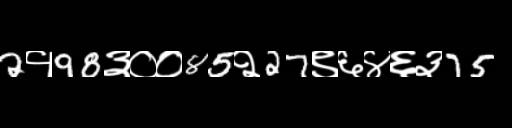
Text: 2१98३००85२27९६४६३75